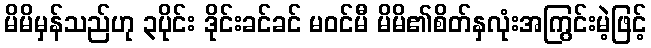
မိမိမှန်သည်ဟု ၃ပိုင်း ဒိုင်းခင်ခင် မဝင်မီ မိမိ၏စိတ်နှလုံးအကြွင်းမဲ့ဖြင့်